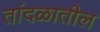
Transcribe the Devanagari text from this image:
तांदळातील